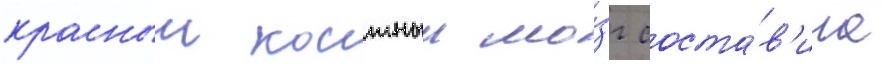
красныи костныи мо́зг соста́в'ила